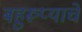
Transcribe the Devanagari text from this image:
बहुरूप्याचे